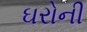
ઘરોની